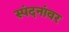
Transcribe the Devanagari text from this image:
स्पंदनांवर